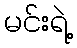
မင်းရဲ့